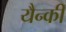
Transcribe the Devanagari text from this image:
यैन्की